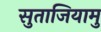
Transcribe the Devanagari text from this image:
सुताजियामु